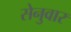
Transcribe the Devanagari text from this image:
सेनुवार